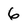
Character: 6